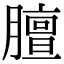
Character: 膻